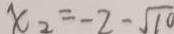
x _ { 2 } = - 2 - \sqrt { 1 0 }